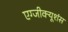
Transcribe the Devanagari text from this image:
एग्जीक्यूशंस